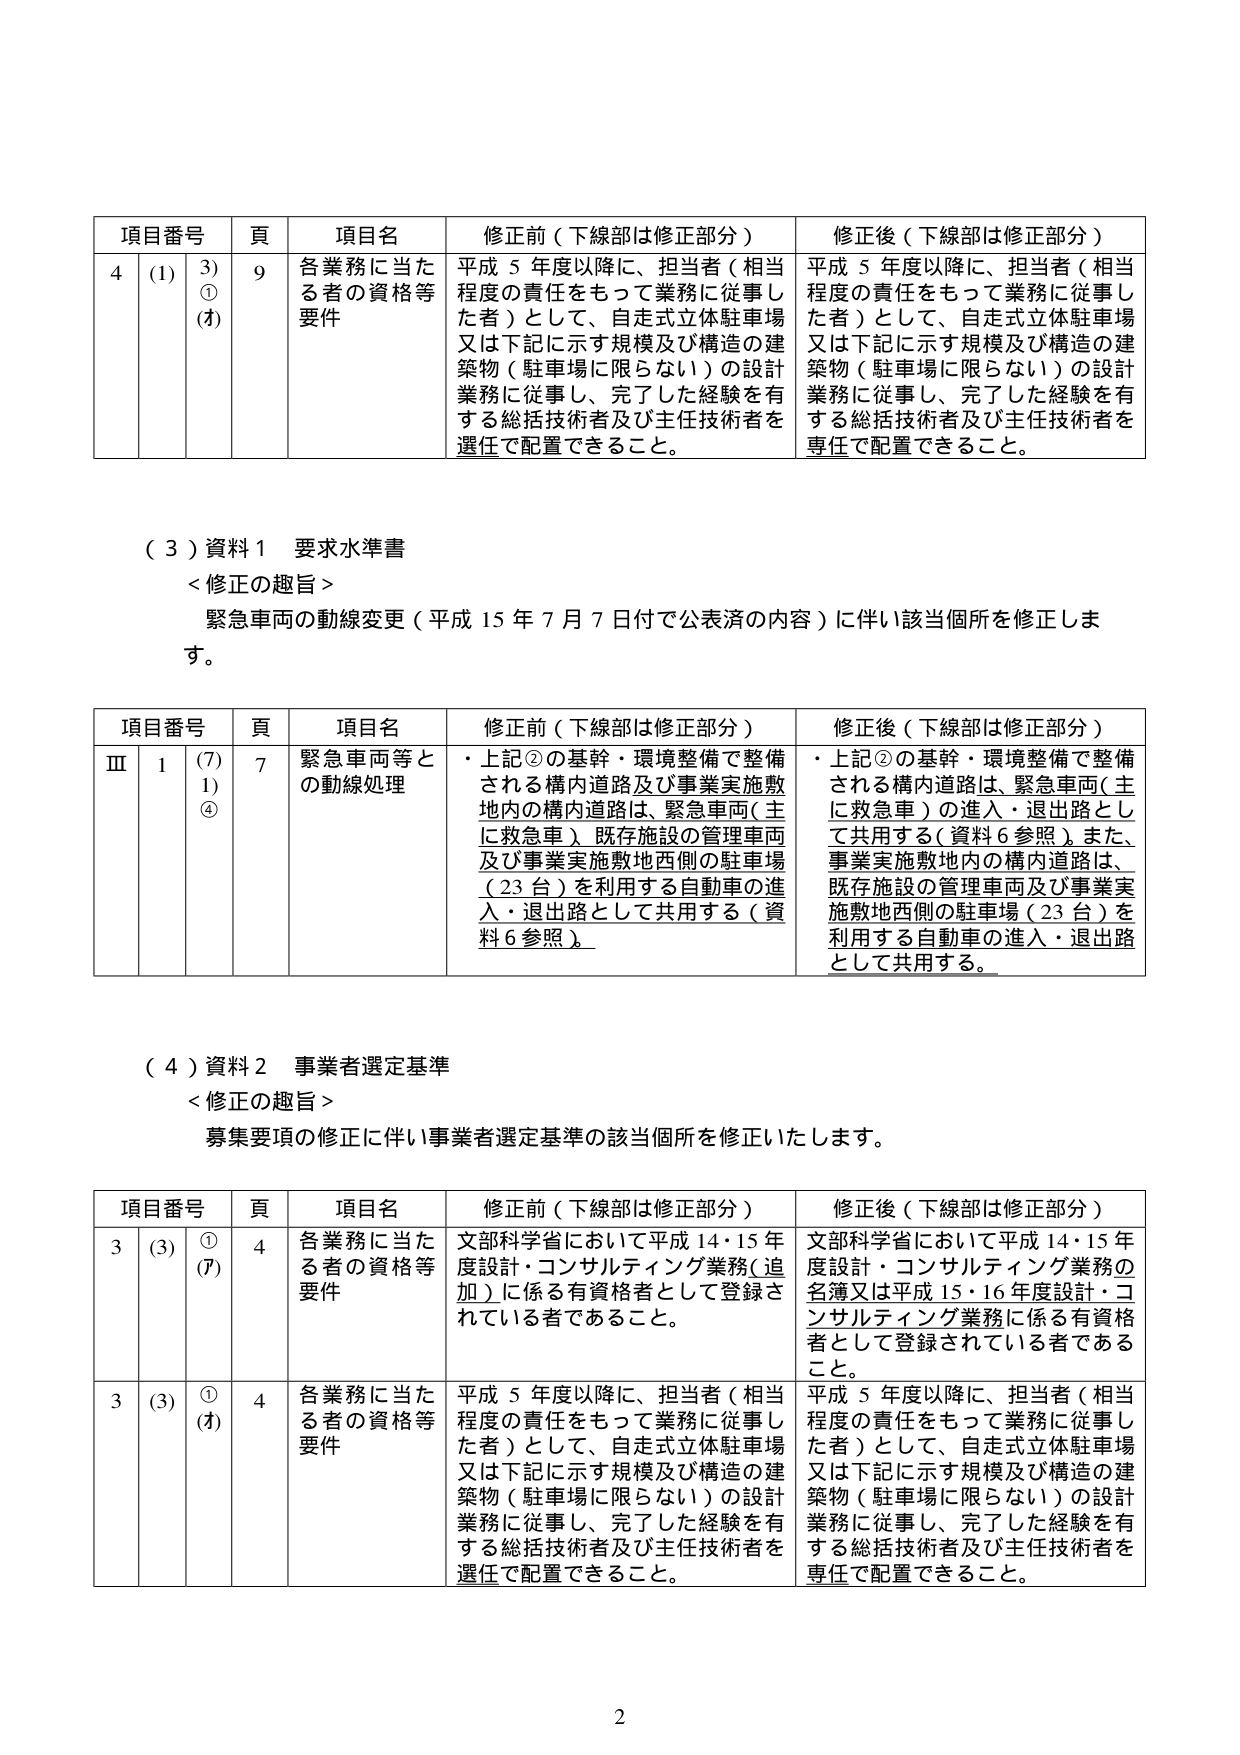
項目番号 頁 項目名 修正前（下線部は修正部分） 修正後（下線部は修正部分）
4 (1) 3) ① (ｵ) 9 各業務に当た る者の資格等 要件 平成 5 年度以降に、担当者（相当 程度の責任をもって業務に従事し た者）として、自走式立体駐車場 又は下記に示す規模及び構造の建 築物（駐車場に限らない）の設計 業務に従事し、完了した経験を有 する総括技術者及び主任技術者を 選任で配置できること。 平成 5 年度以降に、担当者（相当 程度の責任をもって業務に従事し た者）として、自走式立体駐車場 又は下記に示す規模及び構造の建 築物（駐車場に限らない）の設計 業務に従事し、完了した経験を有 する総括技術者及び主任技術者を 専任で配置できること。

（３）資料１ 要求水準書
＜修正の趣旨＞
緊急車両の動線変更（平成 15 年 7 月 7 日付で公表済の内容）に伴い該当個所を修正しま す。

項目番号 頁 項目名 修正前（下線部は修正部分） 修正後（下線部は修正部分）
Ⅲ 1 (7) 1) ④ 7 緊急車両等と の動線処理 ・上記②の基幹・環境整備で整備 される構内道路及び事業実施敷 地内の構内道路は、緊急車両（主 に救急車）既存施設の管理車両 及び事業実施敷地西側の駐車場 （23 台）を利用する自動車の進 入・退出路として共用する（資 料６参照）。 ・上記②の基幹・環境整備で整備 される構内道路は、緊急車両（主 に救急車）の進入・退出路とし て共用する（資料６参照）。また、 事業実施地内の構内道路は、 既存施設の管理車両及び事業実 施敷地西側の駐車場（23 台）を 利用する自動車の進入・退出路 として共用する。

（４）資料２ 事業者選定基準
＜修正の趣旨＞
募集要項の修正に伴い事業者選定基準の該当個所を修正いたします。

項目番号 頁 項目名 修正前（下線部は修正部分） 修正後（下線部は修正部分）
3 (3) ① (ｱ) 4 各業務に当た る者の資格等 要件 文部科学省において平成 14・15 年 度設計・コンサルティング業務（追 加）に係る有資格者として登録さ れている者であること。 文部科学省において平成 14・15 年 度設計・コンサルティング業務の 名簿又は平成 15・16 年度設計・コ ンサルティング業務に係る有資格 者として登録されている者である こと。
3 (3) ① (ｵ) 4 各業務に当た る者の資格等 要件 平成 5 年度以降に、担当者（相当 程度の責任をもって業務に従事し た者）として、自走式立体駐車場 又は下記に示す規模及び構造の建 築物（駐車場に限らない）の設計 業務に従事し、完了した経験を有 する総括技術者及び主任技術者を 選任で配置できること。 平成 5 年度以降に、担当者（相当 程度の責任をもって業務に従事し た者）として、自走式立体駐車場 又は下記に示す規模及び構造の建 築物（駐車場に限らない）の設計 業務に従事し、完了した経験を有 する総括技術者及び主任技術者を 専任で配置できること。

2